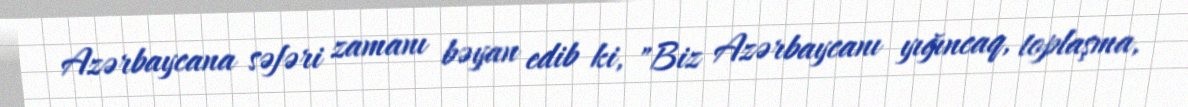
Azərbaycana səfəri zamanı bəyan edib ki, "Biz Azərbaycanı yığıncaq, toplaşma,